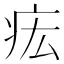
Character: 𤵄